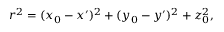
~ r ^ { 2 } = ( x _ { 0 } - x ^ { \prime } ) ^ { 2 } + ( y _ { 0 } - y ^ { \prime } ) ^ { 2 } + z _ { 0 } ^ { 2 } ,